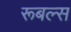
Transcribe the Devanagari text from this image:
रूबल्स